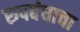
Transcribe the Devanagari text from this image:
रुपबंधाचा